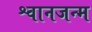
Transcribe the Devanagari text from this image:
श्वानजन्म